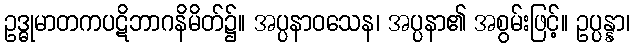
ဥဒ္ဓုမာတကပဋိဘာဂနိမိတ်၌။ အပ္ပနာဝသေန၊ အပ္ပနာ၏ အစွမ်းဖြင့်။ ဥပ္ပန္နာ၊